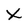
Character: X